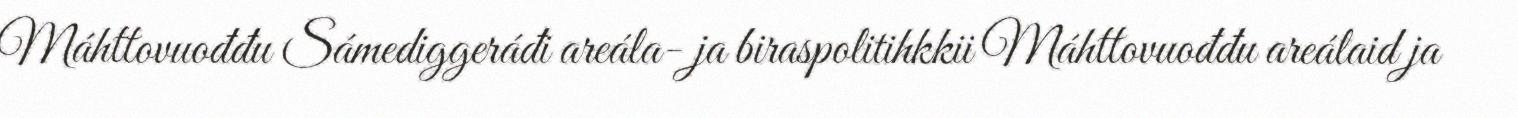
Máhttovuođđu Sámediggeráđi areála- ja biraspolitihkkii Máhttovuođđu areálaid ja